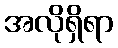
အလိုရှိရာ